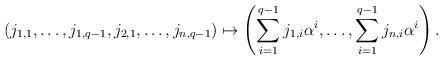
LaTeX: \begin{align*} (j_{1,1},\dots,j_{1,q-1},j_{2,1},\dots,j_{n,q-1})\mapsto \left(\sum_{i=1}^{q-1}j_{1,i}\alpha^i,\dots,\sum_{i=1}^{q-1}j_{n,i}\alpha^i\right).\end{align*}